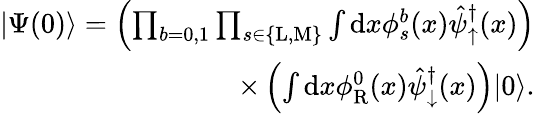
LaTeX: \begin{array}{r}{|\Psi(0)\rangle=\left(\prod_{b=0,1}\prod_{s\in\{ \mathrm{L},\mathrm{M}\} }\int\mathrm{d}x\phi_{s}^{b}(x)\hat{\psi}_{\uparrow}^{\dagger}(x)\right)}\\ {\times\left(\int\mathrm{d}x\phi_{\mathrm{R}}^{0}(x)\hat{\psi}_{\downarrow}^{\dagger}(x)\right)|0\rangle.}\end{array}